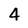
Character: 4